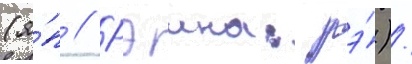
(я́п // Рэина: рэ́)/